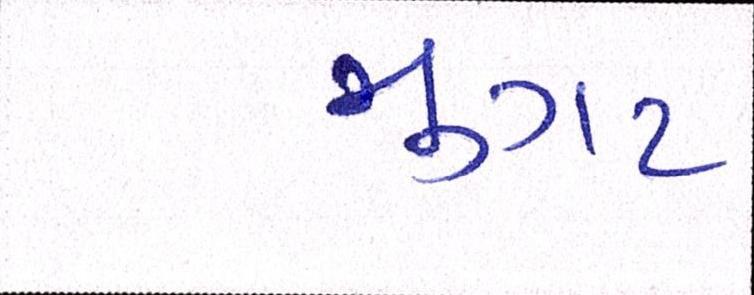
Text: મુગટ